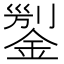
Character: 𨨬